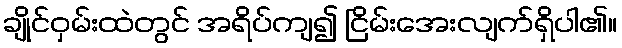
ချိုင်ဝှမ်းထဲတွင် အရိပ်ကျ၍ ငြိမ်းအေးလျက်ရှိပါ၏။